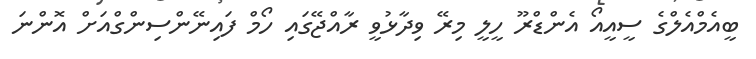
ބީއެމްއެލްގެ ސީއީއޯ އެންޑްރޫ ހީލީ މިރޭ ވިދާޅުވީ ރާއްޖޭގައި ހޯމް ފައިނޭންސިންގްއަށް އޮންނަ